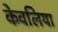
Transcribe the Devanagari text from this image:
केवलिया